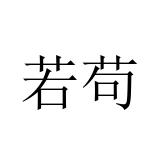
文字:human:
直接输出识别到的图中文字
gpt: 若苟